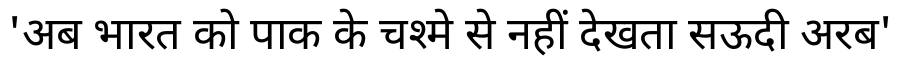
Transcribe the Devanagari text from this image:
'अब भारत को पाक के चश्मे से नहीं देखता सऊदी अरब'